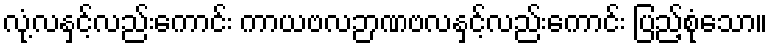
လုံ့လနှင့်လည်းကောင်း ကာယဗလဉာဏဗလနှင့်လည်းကောင်း ပြည့်စုံသော။